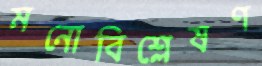
মনোবিশ্লেষণ